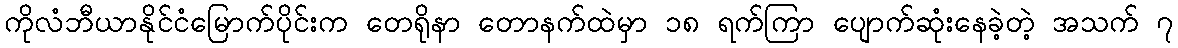
ကိုလံဘီယာနိုင်ငံမြောက်ပိုင်းက တေရိုနာ တောနက်ထဲမှာ ၁၈ ရက်ကြာ ပျောက်ဆုံးနေခဲ့တဲ့ အသက် ၇